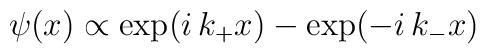
\psi(x)\propto \exp(i\,k_+x)-\exp(-i\,k_-x)